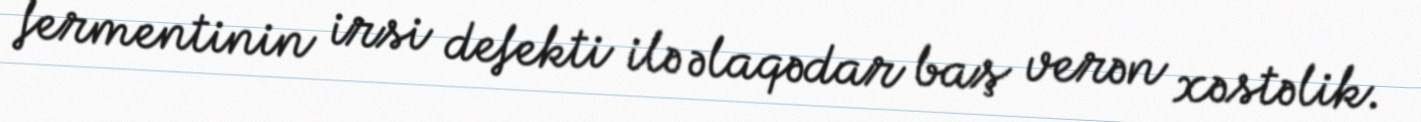
fermentinin irsi defekti ilə əlaqədar baş verən xəstəlik.